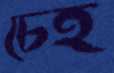
চেহ